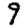
Digit: 9